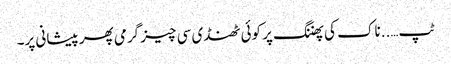
ٹپ…..ناک کی پھننگ پر کوئی ٹھنڈی سی چیز گرمی پھر پیشانی پر۔